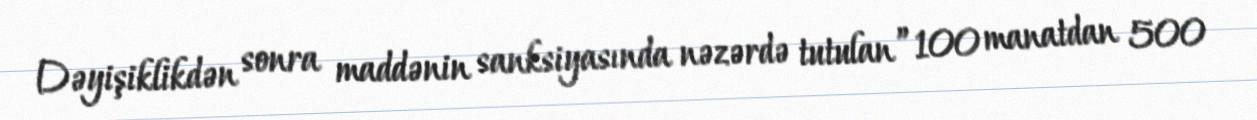
Dəyişiklikdən sonra maddənin sanksiyasında nəzərdə tutulan ”100 manatdan 500